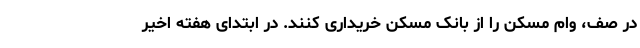
در صف، وام مسکن را از بانک مسکن خریداری کنند. در ابتدای هفته اخیر